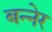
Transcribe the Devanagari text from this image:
बन्नेर